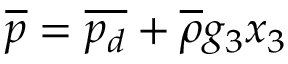
\overline { { p } } = \overline { { p _ { d } } } + \overline { { \rho } } g _ { 3 } x _ { 3 }